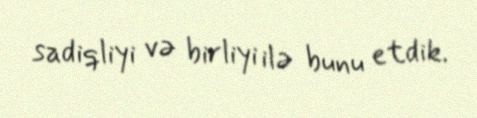
sadiqliyi və birliyi ilə bunu etdik.